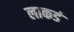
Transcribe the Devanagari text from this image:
लाकडं